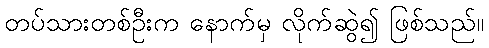
တပ်သားတစ်ဦးက နောက်မှ လိုက်ဆွဲ၍ ဖြစ်သည်။